Civil Veterinary Dept. North-West Frontier Province 1933-46 - 1933-1946
Year: 1933
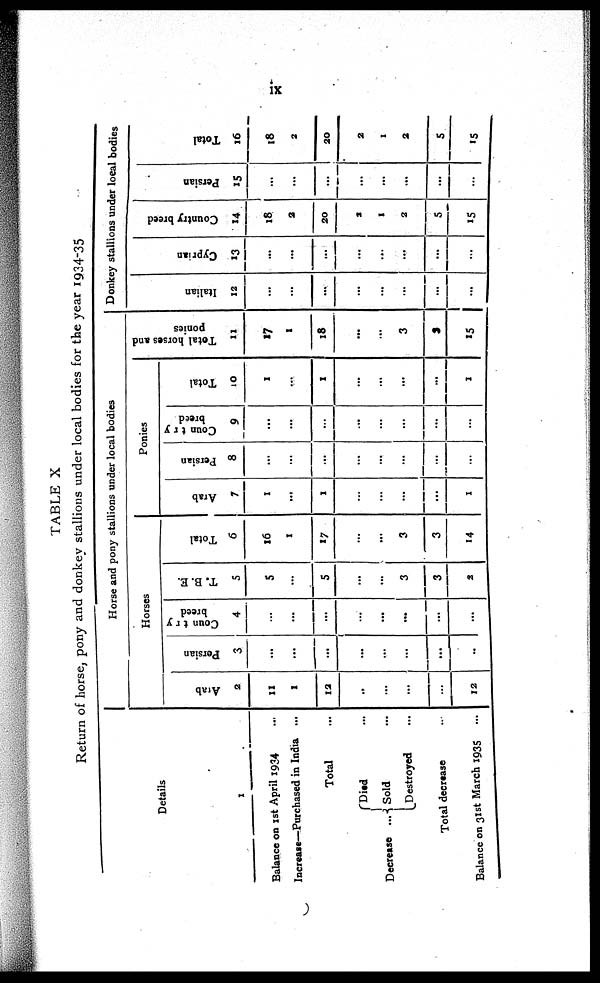
ix
TABLE X
Return of horse, pony and donkey stallions under local bodies for the year 1934-35
Details
1
Balance on 1st April 1934 ...
Increase—Purchased in India ...
Total
Decrease {
Died
...
... Sold ...
Destroyed ...
Total decrease ...
Balance on 31st March 1935 ...
Horse and pony stallions under local bodies
Horses
Arab
2
11
1
12
..
...
...
...
12
Persian
3
...
...
...
...
...
...
...
..
Country
breed
4
...
...
...
...
...
...
...
...
T. B. E.
5
5
...
5
...
...
3
3
2
Total
6
16
1
17
...
...
3
3
14
Ponies
Arab
7
1
...
1
...
...
...
...
1
Persian
8
...
...
...
...
...
...
...
...
Country
breed
9
...
...
...
...
...
...
...
...
Total
10
1
...
1
...
...
...
...
1
Total horses and
ponies
11
17
1
18
...
...
3
3
15
Donkey stallions under local bodies
Italian
12
...
...
....
...
...
...
...
...
Cyprian
13
...
...
...
...
...
...
...
...
Country breed
14
18
2
20
2
1
2
5
15
Persian
15
...
...
...
...
...
...
...
...
Total
16
18
2
20
2
1
2
5
15